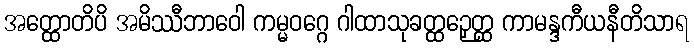
အတ္ထောတိပိ အမိဿီဘာဝေါ ကမ္မဝဂ္ဂေ ဂါထာသုခတ္ထဉှေတ္ထ ကာမန္ဒကီယနီတိသာရ